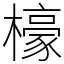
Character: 檺